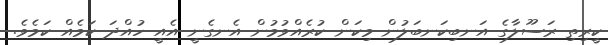
ކީރިތި ރަސޫލާގެ އަނބިކަނބަލުން މިކަން ކުރެއްވުމުން އެނގެނީ އެއީ ހުއްދަ ކަމެއް ކަމެވެ.